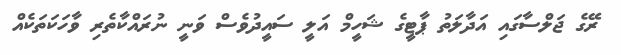
ރޭގެ ޖަލްސާގައި އަދާލަތު ޕާޓީގެ ޝަހީމް އަލީ ސައީދުވެސް ވަނީ ނުރައްކާތެރި ވާހަކަތަކެއް